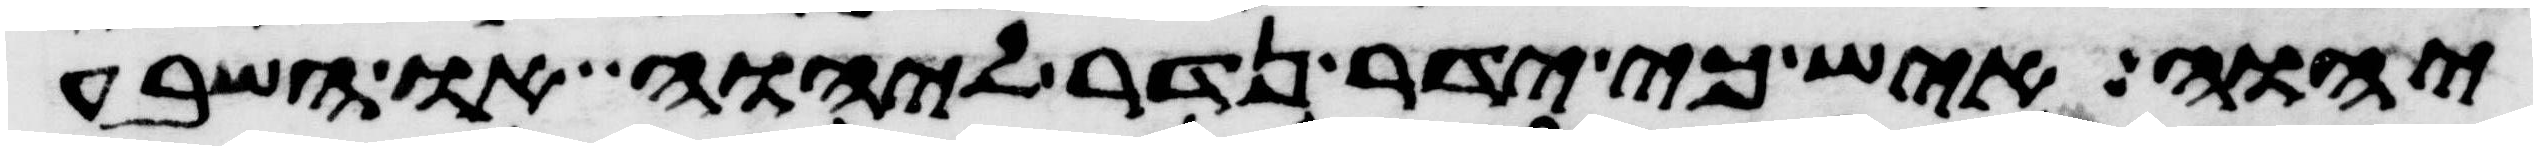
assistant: יהוה איש כי ידר נדר ליהוה או השבע